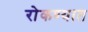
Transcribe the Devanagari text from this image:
रोकण्यात